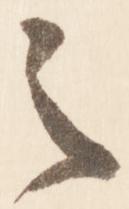
之